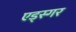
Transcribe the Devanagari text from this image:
एड्स्गर